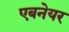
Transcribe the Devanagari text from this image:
एबनेयर